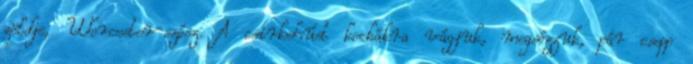
zöldje, Worcester-szósz. A csirkehúst kockákra vágjuk, megsózzuk, pár csepp